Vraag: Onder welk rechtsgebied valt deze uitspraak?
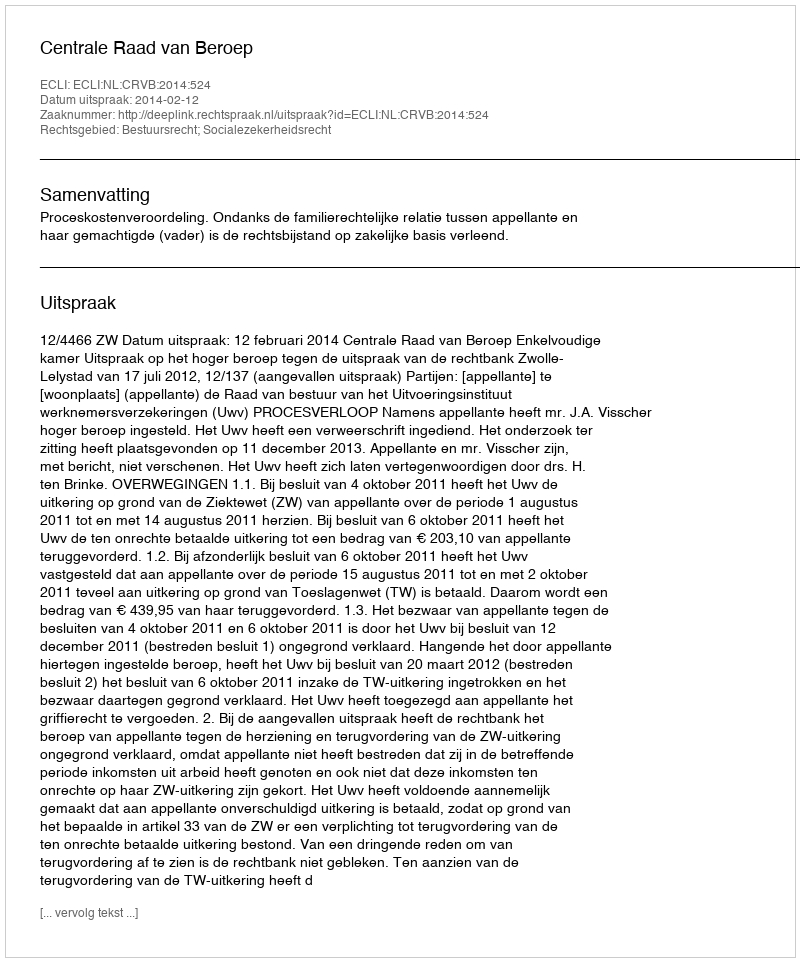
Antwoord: Bestuursrecht; Socialezekerheidsrecht